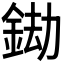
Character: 𨦲